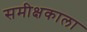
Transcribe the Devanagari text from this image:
समीक्षकाला